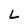
Character: L